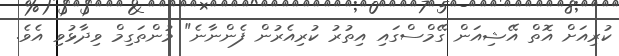
ކުރިއަށް އޮތް އޭޝިއަން ގޭމްސްގައި އިތުރު ކުރިއެރުން ފެންނާނެ" މުންތަގިމް ވިދާޅުވި އެވެ.